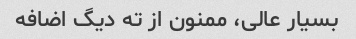
بسیار عالی، ممنون از ته دیگ اضافه